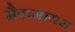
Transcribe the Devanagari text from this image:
मैकमायरा